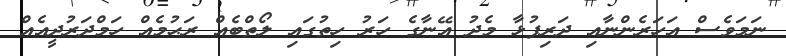
ނަމަވެސް އަހަރެންނާއި ދަރިފުޅާ މެދު އޭނާގެ ހަރު ހިތުގައި ލޯތްބެއް ރަޙުމެއް ހަމްދަރުދީއެއް